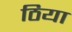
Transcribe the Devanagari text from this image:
ठिया